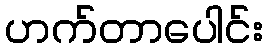
ဟက်တာပေါင်း